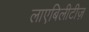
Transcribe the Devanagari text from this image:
लाएबिलीटीज़